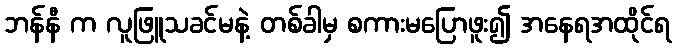
ဘန်နီ က လူဖြူသခင်မနဲ့ တစ်ခါမှ စကားမပြောဖူး၍ အနေရအထိုင်ရ